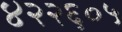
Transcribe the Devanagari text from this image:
४२२६०५